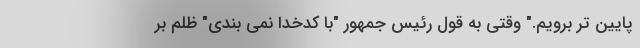
پایین تر برویم." وقتي به قول رئيس جمهور "با كدخدا نمي بندي" ظلم بر